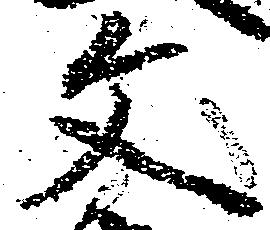
文